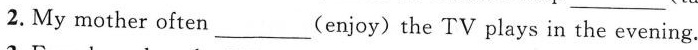
2. My mother often ___(enjoy) the TV plays in the evening.